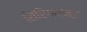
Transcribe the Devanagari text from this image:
सिरिगन्नड